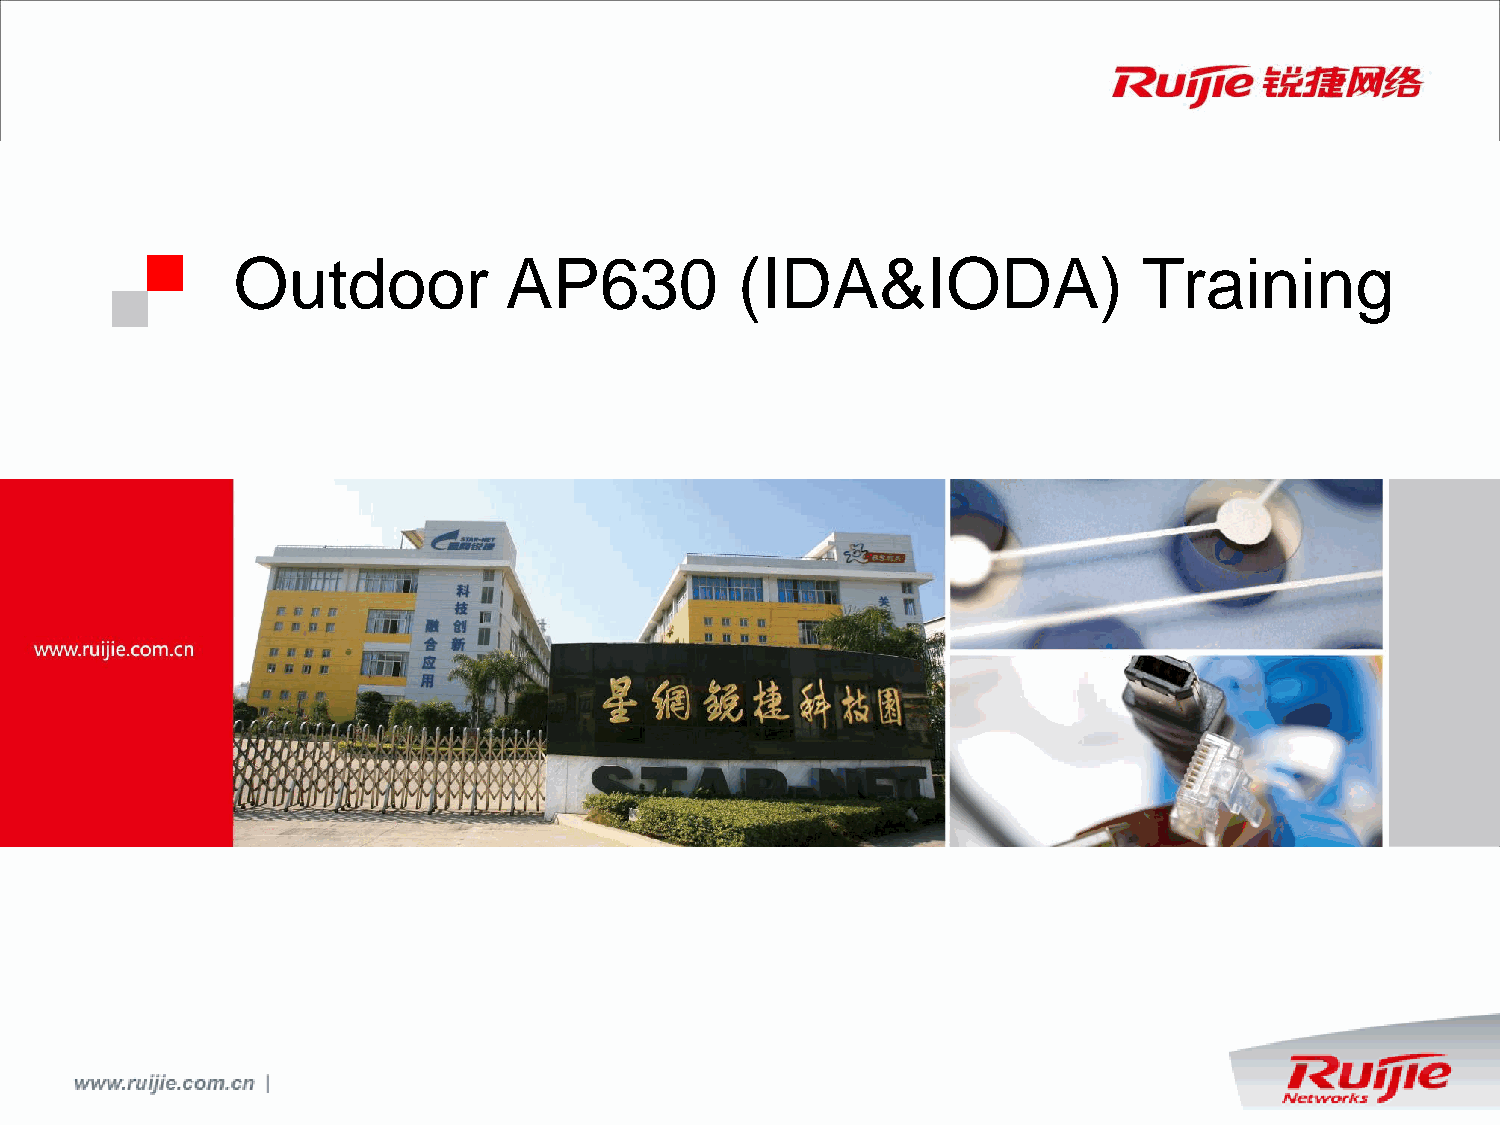
Outdoor           AP630           (IDA&IODA)                 Training